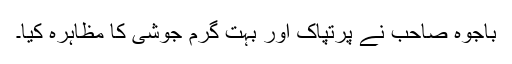
باجوہ صاحب نے پرتپاک اور بہت گرم جوشی کا مظاہرہ کیا۔